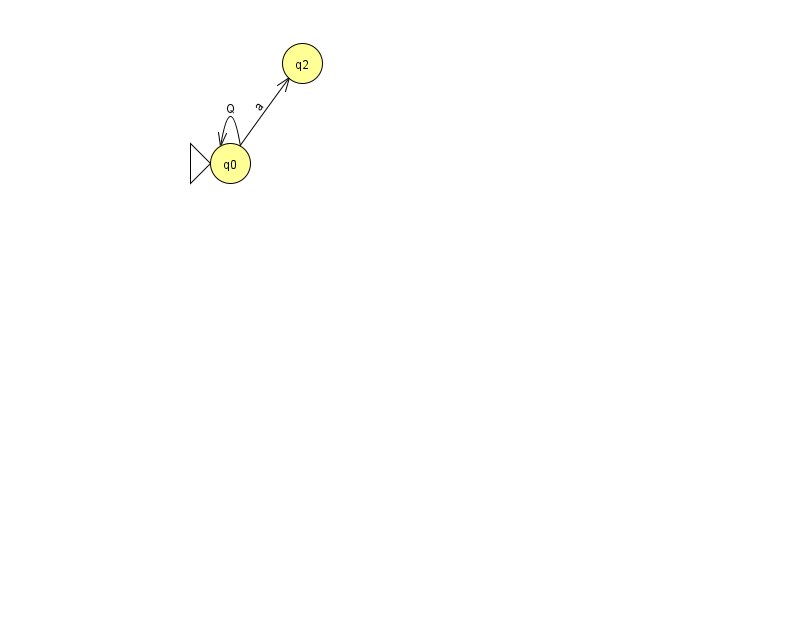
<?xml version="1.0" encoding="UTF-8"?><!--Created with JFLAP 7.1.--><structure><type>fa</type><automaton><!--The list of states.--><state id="0" name="q0"><x>230.0</x><y>150.0</y><initial/></state><state id="2" name="q2"><x>302.0</x><y>50.0</y></state><!--The list of transitions.--><transition><from>0</from><to>0</to><read>Q</read></transition><transition><from>0</from><to>2</to><read>a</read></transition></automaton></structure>